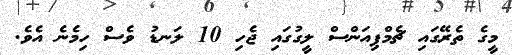
މީގެ ތެރޭގައި ޗެމްޕިއަންސް ލީގުގައި ޖެހި 10 ލަނޑު ވެސް ހިމެނެ އެވެ.